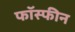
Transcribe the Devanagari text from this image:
फॉस्फीन